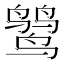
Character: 𪉓